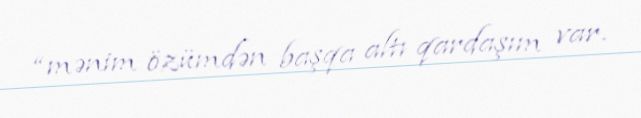
“mənim özümdən başqa altı qardaşım var.